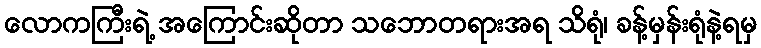
လောကကြီးရဲ့ အကြောင်းဆိုတာ သဘောတရားအရ သိရုံ၊ ခန့်မှန်းရုံနဲ့ရမှ